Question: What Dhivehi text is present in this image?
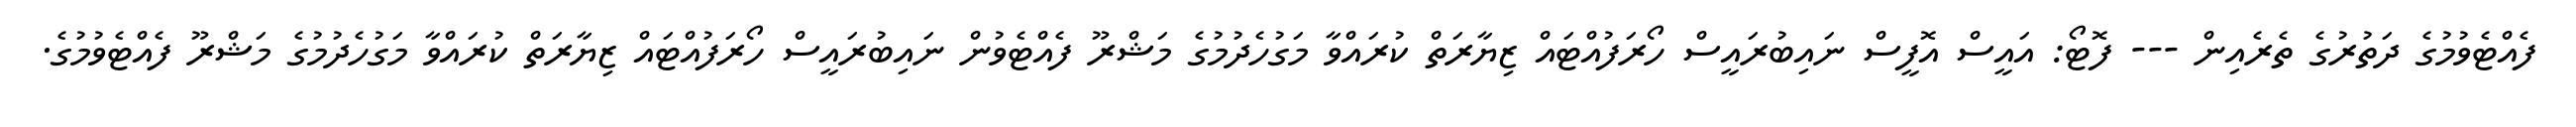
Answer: ފެއްޓެވުމުގެ ދަތުރުގެ ތެރެއިން --- ފޮޓޯ: އައީސް އޮފީސް ނައިބުރައީސް ހޯރަފުއްޓައް ޒިޔާރަތް ކުރައްވާ މަގުހެދުމުގެ މަޝްރޫ ފެއްޓެވުން ނައިބުރައީސް ހޯރަފުއްޓައް ޒިޔާރަތް ކުރައްވާ މަގުހެދުމުގެ މަޝްރޫ ފެއްޓެވުމުގެ.